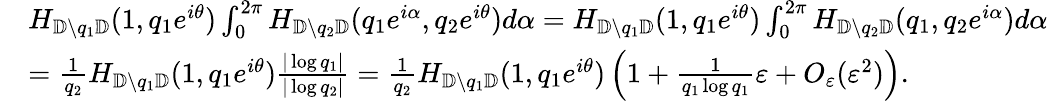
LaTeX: \begin{array}{rl}&{H_{{\mathbb{D}}\setminus q_{1}{\mathbb{D}}}(1,q_{1}e^{i\theta})\int_{0}^{2\pi}H_{{\mathbb{D}}\setminus q_{2}{\mathbb{D}}}(q_{1}e^{i\alpha},q_{2}e^{i\theta})d\alpha=H_{{\mathbb{D}}\setminus q_{1}{\mathbb{D}}}(1,q_{1}e^{i\theta})\int_{0}^{2\pi}H_{{\mathbb{D}}\setminus q_{2}{\mathbb{D}}}(q_{1},q_{2}e^{i\alpha})d\alpha}\\ &{=\frac{1}{q_{2}}H_{{\mathbb{D}}\setminus q_{1}{\mathbb{D}}}(1,q_{1}e^{i\theta})\frac{|\log q_{1}|}{|\log q_{2}|}=\frac{1}{q_{2}}H_{{\mathbb{D}}\setminus q_{1}{\mathbb{D}}}(1,q_{1}e^{i\theta})\left(1+\frac{1}{q_{1}\log q_{1}}\varepsilon+O_{\varepsilon}(\varepsilon^{2})\right).}\end{array}